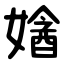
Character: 㜝